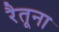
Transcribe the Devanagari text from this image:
रैतूना